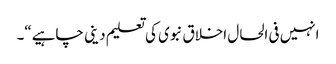
انہیں فی الحال اخلاق نبوی کی تعلیم دینی چاہیے“۔